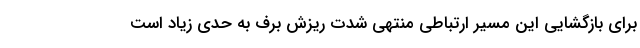
برای بازگشایی این مسیر ارتباطی منتهی شدت ریزش برف به حدی زیاد است